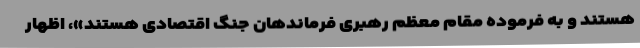
هستند و به فرموده مقام معظم رهبری فرماندهان جنگ اقتصادی هستند»، اظهار